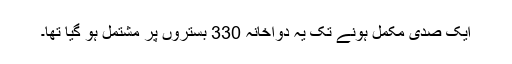
ایک صدی مکمل ہونے تک یہ دواخانہ 330 بستروں پر مشتمل ہو گیا تھا۔